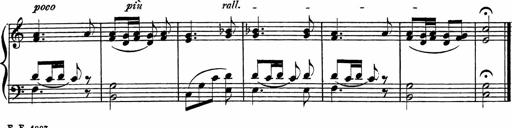
Title: Piano Sonatinas
Composer: Charles Fradel